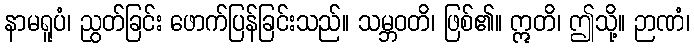
နာမရူပံ၊ ညွတ်ခြင်း ဖောက်ပြန်ခြင်းသည်။ သမ္ဘဝတိ၊ ဖြစ်၏။ ဣတိ၊ ဤသို့။ ဉာဏံ၊